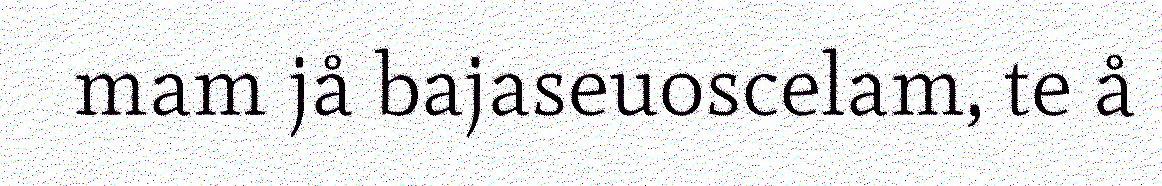
mam jå bajaseuoscelam, te å